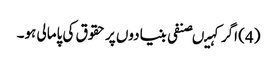
(4) اگر کہیںصنفی بنیادوں پر حقوق کی پامالی ہو۔